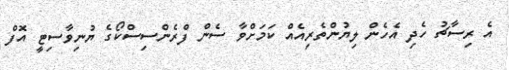
އެ ރިސާޗު ހެދި އެހެން ލިޔުންތެރިއެއް ކަމަށްވާ ސެން ފްރެންސިސްކޯގެ ޔުނިވާސިޓީ އޮފް